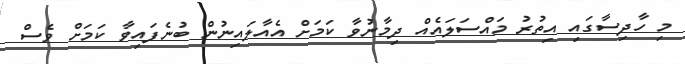
މި ހާދިސާގައި އިތުރު މައްސަލައެއް ދިމާނުވާ ކަމަށް އެއާލައިނުން ބުނެފައިވާ ކަމަށް ވެސް